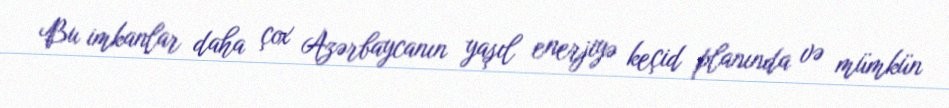
Bu imkanlar daha çox Azərbaycanın yaşıl enerjiyə keçid planında və mümkün